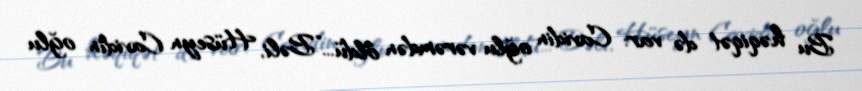
Bu həqiqət də var: Cavidin oğlu vərəmdən öldü...”Bəli, Hüseyn Cavidin oğlu